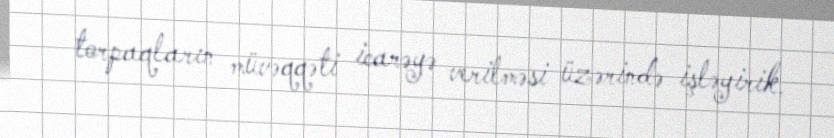
torpaqların müvəqqəti icarəyə verilməsi üzərində işləyirik.